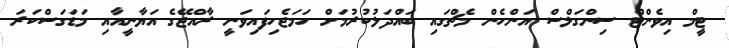
ޓީމް އިވެންޓް ސިންގަލްސް އަންހެން މެޗްގައި ބައްދަލުކުރުމަށް ހަމަޖެހިފައިވަނީ ރާއްޖޭގެ އަޔާނީއާއި މަޑަގަސްކަރަ